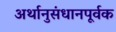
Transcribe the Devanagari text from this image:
अर्थानुसंधानपूर्वक